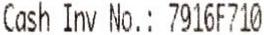
CASH INV NO.: 7916F710